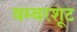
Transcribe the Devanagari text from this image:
बम्बरशूट